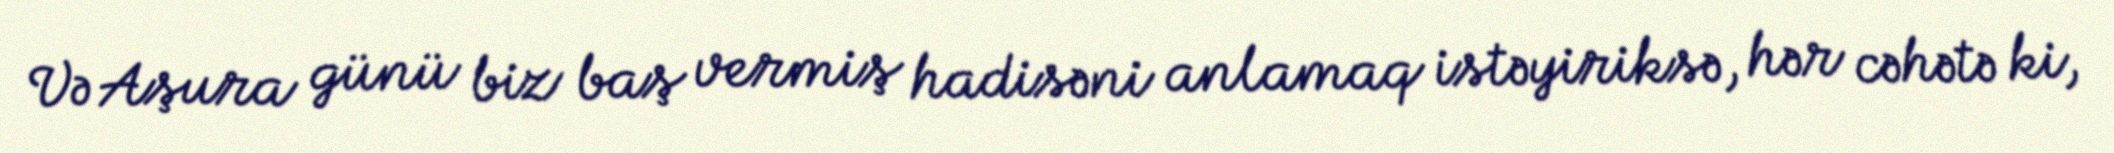
Və Aşura günü biz baş vermiş hadisəni anlamaq istəyiriksə, hər cəhətə ki,